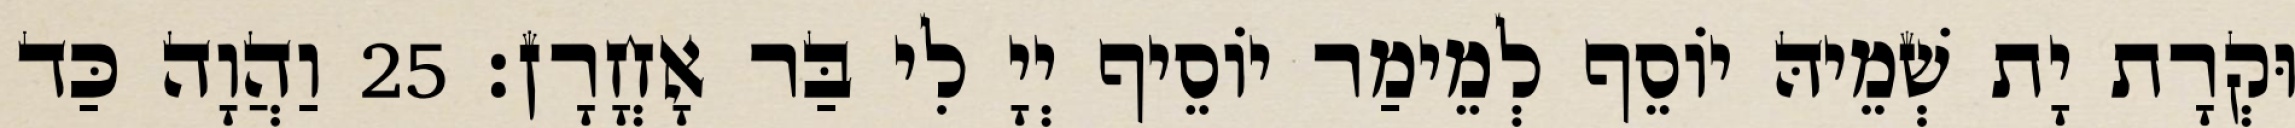
וּקְרָת יָת שְׁמֵיהּ יוֹסֵף לְמֵימַר יוֹסֵיף יְיָ לִי בַּר אָחֳרָן׃ 25 וַהֲוָה כַּד